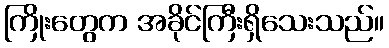
ကြိုးတွေက အခိုင်ကြီးရှိသေးသည်။